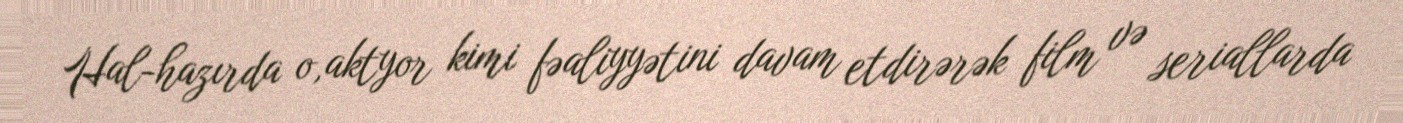
Hal-hazırda o,aktyor kimi fəaliyyətini davam etdirərək film və seriallarda